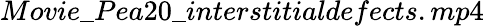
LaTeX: Movie\_ Pea20\_ interstitialdefects.mp4